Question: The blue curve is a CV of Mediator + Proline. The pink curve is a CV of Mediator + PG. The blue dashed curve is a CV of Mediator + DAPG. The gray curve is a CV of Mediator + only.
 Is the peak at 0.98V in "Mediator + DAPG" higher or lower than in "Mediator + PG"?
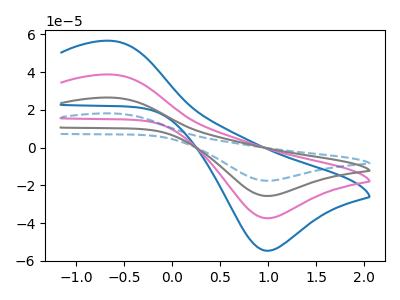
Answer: <think>The blue curve "Mediator + Proline" has an anodic peak at (-0.60V, 56.55uA) and a cathodic peak at (1.00V, -54.60uA). The pink curve "Mediator + PG" has an anodic peak at (-0.60V, 38.75uA) and a cathodic peak at (1.00V, -37.35uA). The blue dashed curve "Mediator + DAPG" has an anodic peak at (-0.60V, 116.20uA) and a cathodic peak at (1.00V, -112.10uA). The gray curve "Mediator + only" has an anodic peak at (-0.60V, 77.45uA) and a cathodic peak at (1.00V, -74.75uA).</think>
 <answer>The peak at 0.98V is higher in "Mediator + DAPG" than in "Mediator + PG".</answer>
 <eval>higher</eval>